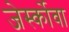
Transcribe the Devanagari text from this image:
जेर्स्कोवा